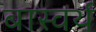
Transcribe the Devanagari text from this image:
बास्वर्थ